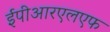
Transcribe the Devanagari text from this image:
ईपीआरएलएफ